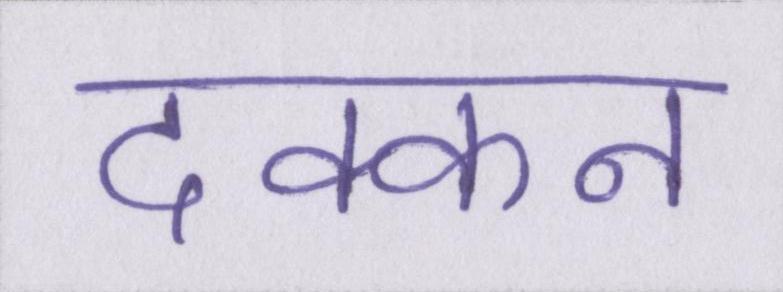
दक्कन